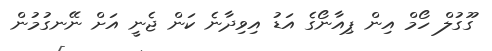
ގޫގުލް ހޯމް އިން ޕިއާނޯގެ އަޑު އިވިދާނެ ކަން ޖެނީ އަށް ނޭނގުމުން